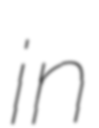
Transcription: in